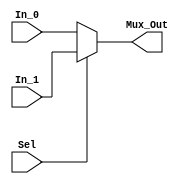
`timescale 1ns / 1ps

module JumpMux(
    input Sel,
    input [31:0] In_0,
    input [31:0] In_1,
    output [31:0] Mux_Out
    );
    assign Mux_Out = Sel ? In_1 : In_0;
endmodule